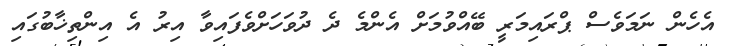
އެހެން ނަމަވެސް ޕްރައިމަރީ ބޭއްވުމަށް އެންމެ ދެ ދުވަހަށްވެފައިވާ އިރު އެ އިންތިޚާބުގައި